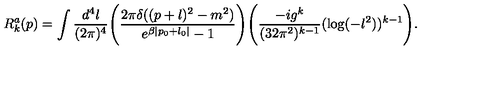
R _ { k } ^ { a } ( p ) = \int \frac { d ^ { 4 } l } { ( 2 \pi ) ^ { 4 } } \Bigg ( \frac { 2 \pi \delta ( ( p + l ) ^ { 2 } - m ^ { 2 } ) } { e ^ { \beta | p _ { 0 } + l _ { 0 } | } - 1 } \Bigg ) \Bigg ( \frac { - i g ^ { k } } { ( 3 2 \pi ^ { 2 } ) ^ { k - 1 } } ( \log ( - l ^ { 2 } ) ) ^ { k - 1 } \Bigg ) .